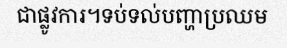
ជាផ្លូវការ។ទប់ទល់បញ្ហាប្រឈម